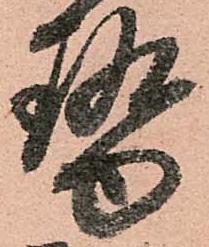
勢